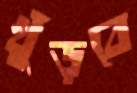
খুঁড়বে